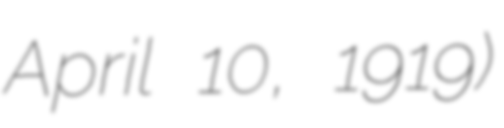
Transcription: April 10, 1919)